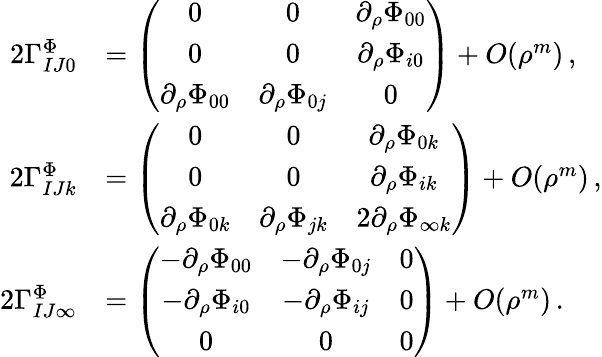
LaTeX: \begin{array}{rl}{2\Gamma_{IJ0}^{\Phi}}&{=\left(\begin{array}{ccc}{0}&{0}&{\partial_{\rho}\Phi_{00}}\\ {0}&{0}&{\partial_{\rho}\Phi_{i0}}\\ {\partial_{\rho}\Phi_{00}}&{\partial_{\rho}\Phi_{0j}}&{0}\end{array}\right)+O(\rho^{m})\, ,}\\ {2\Gamma_{IJk}^{\Phi}}&{=\left(\begin{array}{ccc}{0}&{0}&{\partial_{\rho}\Phi_{0k}}\\ {0}&{0}&{\partial_{\rho}\Phi_{ik}}\\ {\partial_{\rho}\Phi_{0k}}&{\partial_{\rho}\Phi_{jk}}&{2\partial_{\rho}\Phi_{\infty k}}\end{array}\right)+O(\rho^{m})\, ,}\\ {2\Gamma_{IJ\infty}^{\Phi}}&{=\left(\begin{array}{ccc}{-\partial_{\rho}\Phi_{00}}&{-\partial_{\rho}\Phi_{0j}}&{0}\\ {-\partial_{\rho}\Phi_{i0}}&{-\partial_{\rho}\Phi_{ij}}&{0}\\ {0}&{0}&{0}\end{array}\right)+O(\rho^{m})\, .}\end{array}